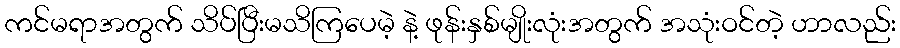
ကင်မရာအတွက် သိပ်ပြီးမသိကြပေမဲ့ နဲ့ ဖုန်းနှစ်မျိုးလုံးအတွက် အသုံးဝင်တဲ့ ဟာလည်း